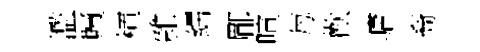
濫贖楎雜繻郿喧每歡墉裔